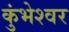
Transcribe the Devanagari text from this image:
कुंभेश्वर